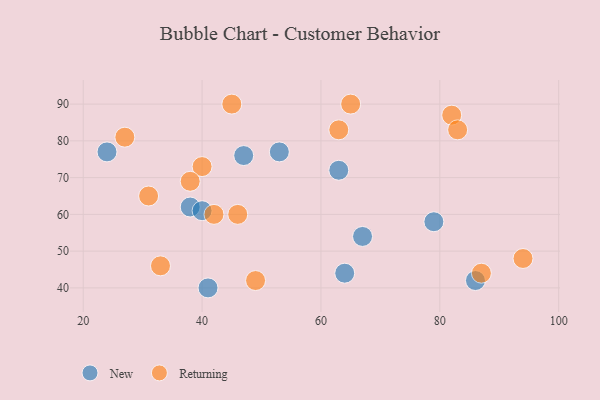
{"axis": {"x": "GDP", "y": "Life Expectancy"}, "legend": ["New", "Returning"], "data": [{"x": "47", "y": 76, "type": "New"}, {"x": "64", "y": 44, "type": "New"}, {"x": "53", "y": 77, "type": "New"}, {"x": "67", "y": 54, "type": "New"}, {"x": "63", "y": 72, "type": "New"}, {"x": "86", "y": 42, "type": "New"}, {"x": "38", "y": 62, "type": "New"}, {"x": "41", "y": 40, "type": "New"}, {"x": "40", "y": 61, "type": "New"}, {"x": "79", "y": 58, "type": "New"}, {"x": "24", "y": 77, "type": "New"}, {"x": "27", "y": 81, "type": "Returning"}, {"x": "94", "y": 48, "type": "Returning"}, {"x": "82", "y": 87, "type": "Returning"}, {"x": "46", "y": 60, "type": "Returning"}, {"x": "87", "y": 44, "type": "Returning"}, {"x": "83", "y": 83, "type": "Returning"}, {"x": "49", "y": 42, "type": "Returning"}, {"x": "65", "y": 90, "type": "Returning"}, {"x": "42", "y": 60, "type": "Returning"}, {"x": "45", "y": 90, "type": "Returning"}, {"x": "40", "y": 73, "type": "Returning"}, {"x": "31", "y": 65, "type": "Returning"}, {"x": "63", "y": 83, "type": "Returning"}, {"x": "38", "y": 69, "type": "Returning"}, {"x": "33", "y": 46, "type": "Returning"}]}